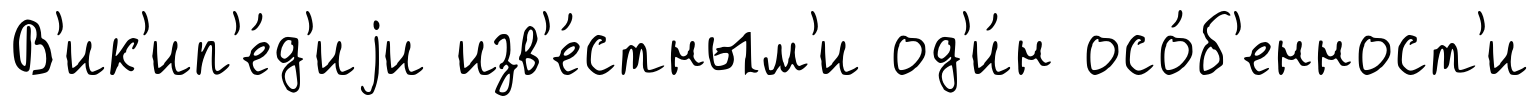
В'ик'ип'е́д'иjи изв'е́стным'и од'и́н осо́б'енност'и